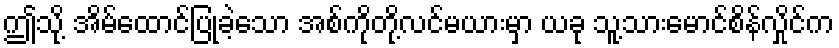
ဤသို့ အိမ်ထောင်ပြုခဲ့သော အစ်ကိုတို့လင်မယားမှာ ယခု သူ့သားမောင်စိန်လှိုင်က